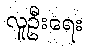
လူဦးရေး